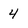
Character: 4